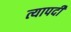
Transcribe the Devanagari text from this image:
त्यापदी